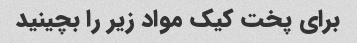
برای پخت کیک مواد زیر را بچینید